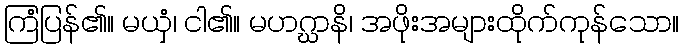
ကြံပြန်၏။ မယှံ၊ ငါ၏။ မဟဂ္ဃာနိ၊ အဖိုးအများထိုက်ကုန်သော။